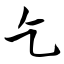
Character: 乞